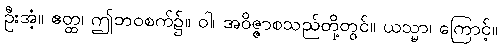
ဦးအံ့။ ဧတ္ထ၊ ဤဘဝစက်၌။ ဝါ၊ အဝိဇ္ဇာစသည်တို့တွင်။ ယသ္မာ၊ ကြောင့်။